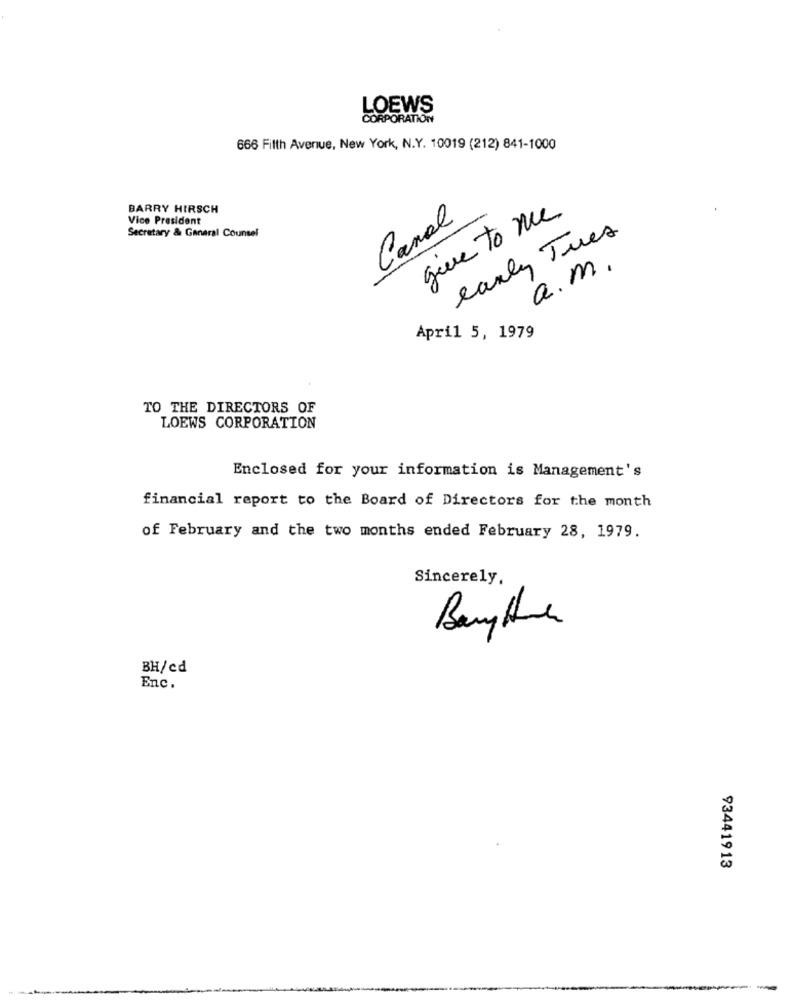
LOEWS
CORPORATION
666 Filth Avenue, New York, N.Y. 10019 (212) 841-1000
BARRY HIRSCH
Vice President
Canal
give to me
Secretary & General Counsel
early Tues
a.m.
April 5, 1979
TO THE DIRECTORS OF
LOEWS CORPORATION
Enclosed for your information is Management's
financial report to the Board of Directors for the month
of February and the two months ended February 28, 1979.
Sincerely,
BH/cd
Enc.
93441913